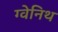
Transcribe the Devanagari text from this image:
ग्वेनिथ